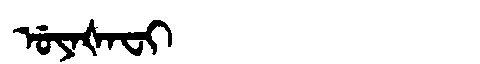
Manchu: ᡠᠶᠠᡧᠠᠸᡳ
Romanization: UYAŠAFI